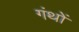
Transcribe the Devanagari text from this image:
गंथों